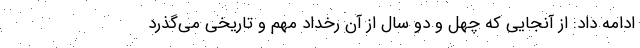
ادامه داد: از آنجایی که چهل و دو سال از آن رخداد مهم و تاریخی می‌گذرد